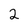
Character: 2